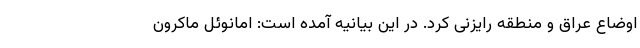
اوضاع عراق و منطقه رایزنی کرد. در این بیانیه آمده است: امانوئل ماکرون